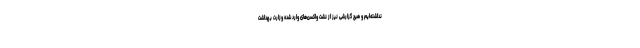
نداشته‌ایم و هیچ گزارشی نیز از نشت واکسن‌های وارد شده وزارت بهداشت